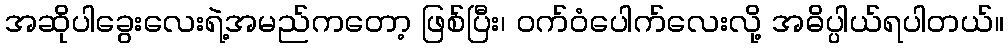
အဆိုပါခွေးလေးရဲ့အမည်ကတော့ ဖြစ်ပြီး၊ ဝက်ဝံပေါက်လေးလို့ အဓိပ္ပါယ်ရပါတယ်။